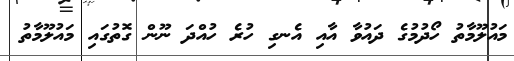
މައުލޫމާތު ހޯދުމުގެ ދައުވާ އާއި އެނގި ހުރެ ހުއްދަ ނޫން ގޮތުގައި މައުލޫމާތު